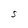
Character: S